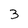
Character: 3